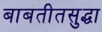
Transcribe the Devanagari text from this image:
बाबतीतसुद्धा